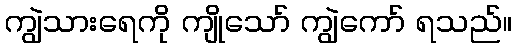
ကျွဲသားရေကို ကျိုသော် ကျွဲကော် ရသည်။